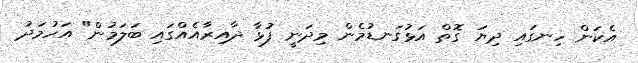
އެކަން ހިނގައި ދިޔަ ގޮތް އަޅުގަނޑުމެން މިދަނީ ފުޅާ ދާއިރާއެއްގައި ބަލަމުން" އަހުމަދު